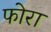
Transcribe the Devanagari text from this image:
फोरा